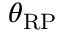
\theta _ { \mathrm { R P } }